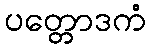
ပတ္တောဒကံ